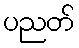
ပညတ်